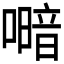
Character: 𭋎